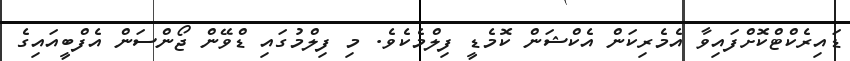
ޑައިރެކްޓްކޮށްފައިވާ އެމެރިކަން އެކްޝަން ކޮމެޑީ ފިލްމެކެވެ. މި ފިލްމުގައި ޑްވޭން ޖޯންސަން އެފްބީއައިގެ